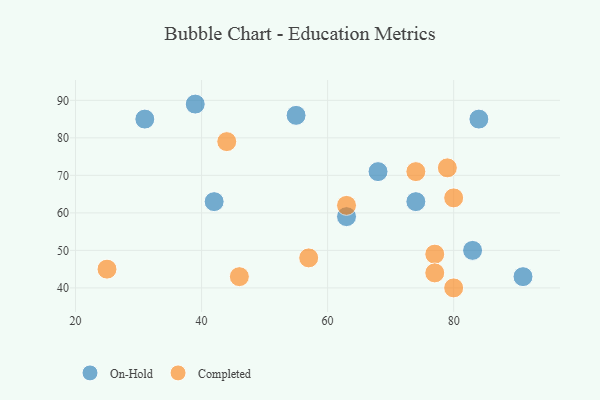
{"axis": {"x": "GDP", "y": "Life Expectancy"}, "legend": ["Completed", "On-Hold"], "data": [{"x": "42", "y": 63, "type": "On-Hold"}, {"x": "68", "y": 71, "type": "On-Hold"}, {"x": "55", "y": 86, "type": "On-Hold"}, {"x": "83", "y": 50, "type": "On-Hold"}, {"x": "74", "y": 63, "type": "On-Hold"}, {"x": "91", "y": 43, "type": "On-Hold"}, {"x": "31", "y": 85, "type": "On-Hold"}, {"x": "39", "y": 89, "type": "On-Hold"}, {"x": "84", "y": 85, "type": "On-Hold"}, {"x": "63", "y": 59, "type": "On-Hold"}, {"x": "79", "y": 72, "type": "Completed"}, {"x": "44", "y": 79, "type": "Completed"}, {"x": "74", "y": 71, "type": "Completed"}, {"x": "57", "y": 48, "type": "Completed"}, {"x": "46", "y": 43, "type": "Completed"}, {"x": "77", "y": 49, "type": "Completed"}, {"x": "80", "y": 64, "type": "Completed"}, {"x": "25", "y": 45, "type": "Completed"}, {"x": "80", "y": 40, "type": "Completed"}, {"x": "77", "y": 44, "type": "Completed"}, {"x": "63", "y": 62, "type": "Completed"}]}